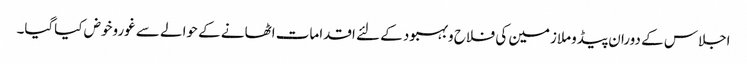
اجلاس کے دوران پیڈوملازمین کی فلاح وبہبود کے لئے اقدامات اٹھانے کے حوالے سے غوروخوض کیاگیا۔